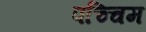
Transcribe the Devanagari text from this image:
पच्चिम